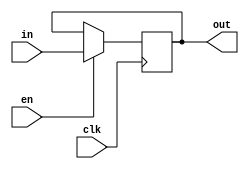
module ir(in,out,clk,en);
input [15:0] in;
input clk,en;
output reg [15:0] out;

always @(posedge clk)
begin
if(en)
out<=in;
end
endmodule